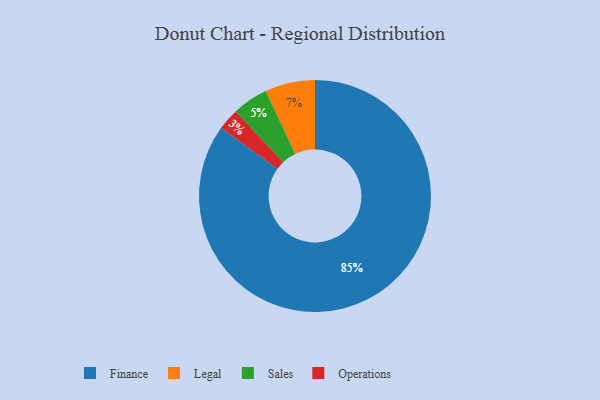
{"axis": {"x": "Category", "y": "Percentage"}, "legend": ["Finance", "Legal", "Operations", "Sales"], "data": [{"x": "Sales", "y": 5, "type": "Sales"}, {"x": "Operations", "y": 3, "type": "Operations"}, {"x": "Legal", "y": 7, "type": "Legal"}, {"x": "Finance", "y": 85, "type": "Finance"}]}